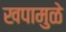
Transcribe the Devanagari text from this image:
खपामुळे